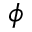
\phi